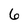
Character: 6